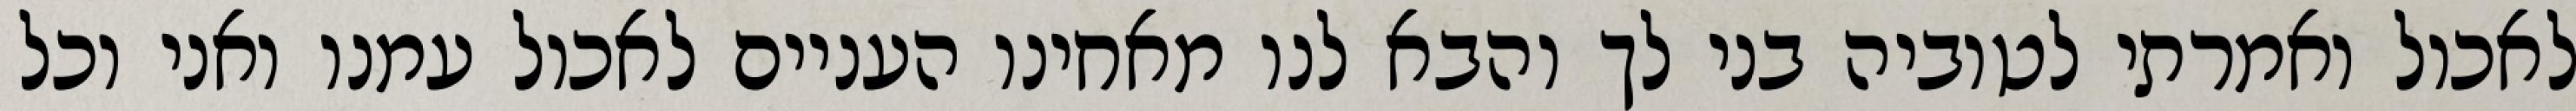
לאכול ואמרתי לטוביה בני לך והבא לנו מאחינו העניים לאכול עמנו ואני וכל